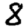
Digit: 8